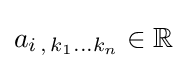
a_{i\,,\,k_{1}\ldots k_{n}}\in \mathbb {R}